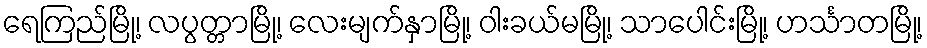
ရေကြည်မြို့၊ လပွတ္တာမြို့၊ လေးမျက်နှာမြို့၊ ဝါးခယ်မမြို့၊ သာပေါင်းမြို့၊ ဟင်္သာတမြို့၊